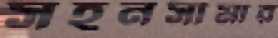
সহনসীমার